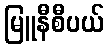
မြူနီစီပယ်